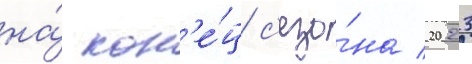
на́ кон'е́ц с'езо́на 2023